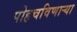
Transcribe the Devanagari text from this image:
पोहचविणाऱ्या